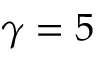
\gamma = 5